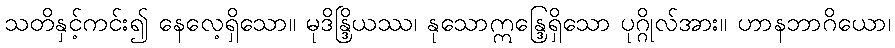
သတိနှင့်ကင်း၍ နေလေ့ရှိသော။ မုဒိန္ဒြိယဿ၊ နုသောဣန္ဒြေရှိသော ပုဂ္ဂိုလ်အား။ ဟာနဘာဂိယော၊